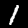
Digit: 1